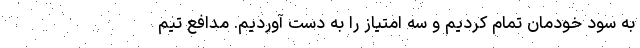
به سود خودمان تمام کردیم و سه امتیاز را به دست آوردیم. مدافع تیم